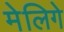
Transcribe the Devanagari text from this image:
मेलिगे